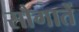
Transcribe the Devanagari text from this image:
सौगातें